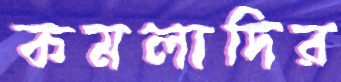
কমলাদির